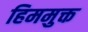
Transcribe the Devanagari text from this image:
हिममुक्त